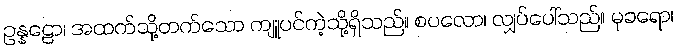
ဥန္နဠော၊ အထက်သို့တက်သော ကျူပင်ကဲ့သို့ရှိသည်။ စပလော၊ လျှပ်ပေါ်သည်။ မုခရော၊